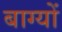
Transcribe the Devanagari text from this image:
बाग्यों